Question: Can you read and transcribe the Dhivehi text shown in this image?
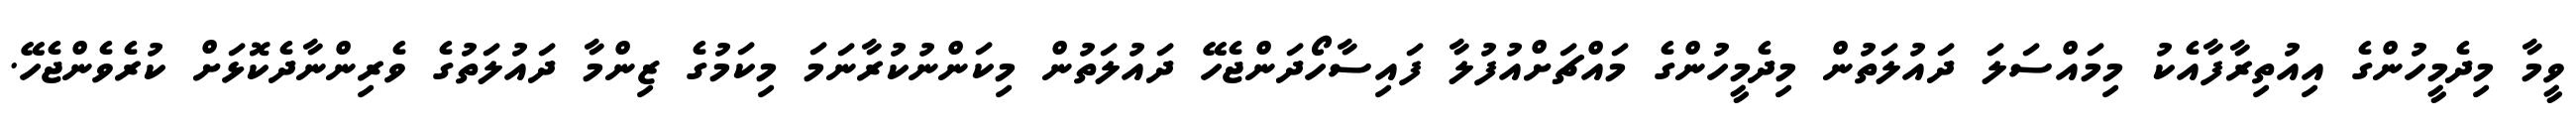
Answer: ވީމާ މިދެމީހުންގެ އިއުތިރާފާއެކު މިމައްސަލަ ދައުލަތުން މިދެމީހުންގެ މައްޗަށްއުފުލާ ފައިސާހޯދަންޖެހޭ ދައުލަތުން މިކަންނުކުރާނަމަ މިކަމުގެ ޒިންމާ ދައުލަތުގެ ވެރިންނާދެކޮޅަށް ކުރެވެންޖެހޭ.